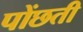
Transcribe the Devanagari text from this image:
पोंछती